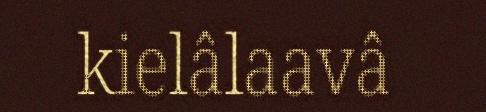
kielâlaavâ